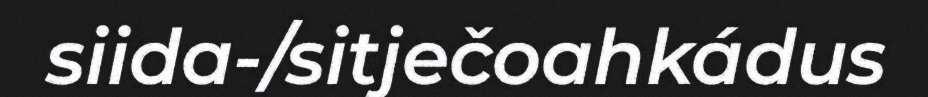
siida-/sitječoahkádus